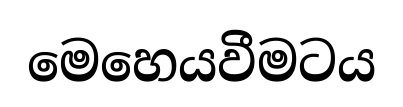
මෙහෙයවීමටය